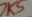
Text: 7K5